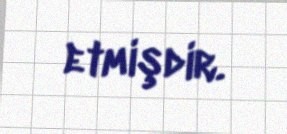
etmişdir.